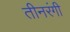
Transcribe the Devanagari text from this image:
तीनरंगी